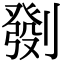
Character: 㔇